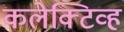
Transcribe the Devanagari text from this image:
कलेक्टिव्ह